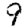
Digit: 9